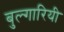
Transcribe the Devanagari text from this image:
बुल्गारियी